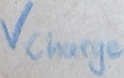
Text: Vcharge